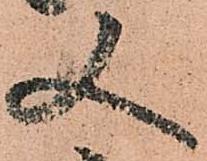
又